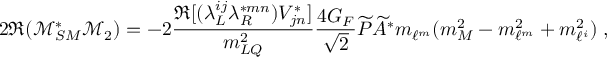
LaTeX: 2 \Re ( \mathcal { M } _ { S M } ^ { * } \mathcal { M } _ { 2 } ) = - 2 \frac { \Re [ ( \lambda _ { L } ^ { i j } \lambda _ { R } ^ { * m n } ) V _ { j n } ^ { * } ] } { m _ { L Q } ^ { 2 } } \frac { 4 G _ { F } } { \sqrt { 2 } } \widetilde { P } \widetilde { A } ^ { * } m _ { \ell ^ { m } } ( m _ { M } ^ { 2 } - m _ { \ell ^ { m } } ^ { 2 } + m _ { \ell ^ { i } } ^ { 2 } ) \; ,